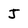
Character: J